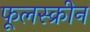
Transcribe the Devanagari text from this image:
फूलस्क्रीन